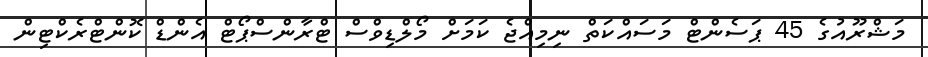
މަޝްރޫއުގެ 45 ޕަސެންޓް މަސައްކަތް ނިމިއްޖެ ކަމަށް މޯލްޑިވްސް ޓްރާންސްޕޯޓް އެންޑް ކޮންޓްރެކްޓިން